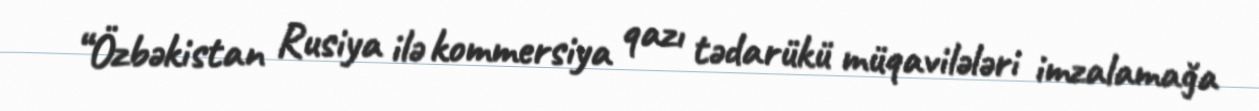
“Özbəkistan Rusiya ilə kommersiya qazı tədarükü müqavilələri imzalamağa